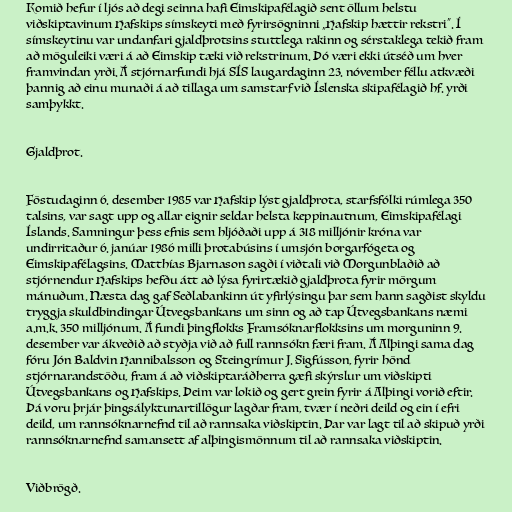
Komið hefur í ljós að degi seinna hafi Eimskipafélagið sent öllum helstu
viðskiptavinum Hafskips símskeyti með fyrirsögninni „Hafskip hættir rekstri”. Í
símskeytinu var undanfari gjaldþrotsins stuttlega rakinn og sérstaklega tekið fram
að möguleiki væri á að Eimskip tæki við rekstrinum. Þó væri ekki útséð um hver
framvindan yrði. Á stjórnarfundi hjá SÍS laugardaginn 23. nóvember féllu atkvæði
þannig að einu munaði á að tillaga um samstarf við Íslenska skipafélagið hf. yrði
samþykkt.

Gjaldþrot.

Föstudaginn 6. desember 1985 var Hafskip lýst gjaldþrota, starfsfólki rúmlega 350
talsins, var sagt upp og allar eignir seldar helsta keppinautnum, Eimskipafélagi
Íslands. Samningur þess efnis sem hljóðaði upp á 318 milljónir króna var
undirritaður 6. janúar 1986 milli þrotabúsins í umsjón borgarfógeta og
Eimskipafélagsins. Matthías Bjarnason sagði í viðtali við Morgunblaðið að
stjórnendur Hafskips hefðu átt að lýsa fyrirtækið gjaldþrota fyrir mörgum
mánuðum. Næsta dag gaf Seðlabankinn út yfirlýsingu þar sem hann sagðist skyldu
tryggja skuldbindingar Útvegsbankans um sinn og að tap Útvegsbankans næmi
a.m.k. 350 milljónum. Á fundi þingflokks Framsóknarflokksins um morguninn 9.
desember var ákveðið að styðja við að full rannsókn færi fram. Á Alþingi sama dag
fóru Jón Baldvin Hannibalsson og Steingrímur J. Sigfússon, fyrir hönd
stjórnarandstöðu, fram á að viðskiptaráðherra gæfi skýrslur um viðskipti
Útvegsbankans og Hafskips. Þeim var lokið og gert grein fyrir á Alþingi vorið eftir.
Þá voru þrjár þingsályktunartillögur lagðar fram, tvær í neðri deild og ein í efri
deild, um rannsóknarnefnd til að rannsaka viðskiptin. Þar var lagt til að skipuð yrði
rannsóknarnefnd samansett af alþingismönnum til að rannsaka viðskiptin.

Viðbrögð.